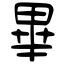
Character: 畢